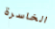
الخاسرة